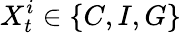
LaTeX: X_{t}^{i}\in\{ C,I,G\}